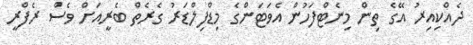
ދެއްކިއިރު އޭގެ ތިން މިނެޓްފަހުން އެވަޓަންގެ މިޑްފިލްޑަރު ގެރެތް ބެރީއަށް ވެސް ރެފްރީ